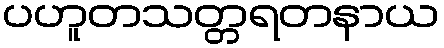
ပဟူတသတ္တရတနာယ